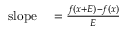
\begin{array} { r l } { { \mathrm { s l o p e } } } & { { } = { \frac { f ( x + E ) - f ( x ) } { E } } } \end{array}